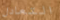
التعادل